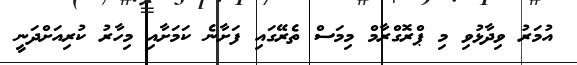
އުމަރު ވިދާޅުވި މި ޕްރޮގްރާމް މިމަސް ތެރޭގައި ފަށާނެ ކަމަށާއި މިހާރު ކުރިއަށްދަނީ